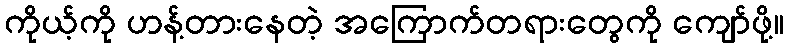
ကိုယ့်ကို ဟန့်တားနေတဲ့ အကြောက်တရားတွေကို ကျော်ဖို့။